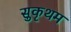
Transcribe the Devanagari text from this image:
सुकृथम